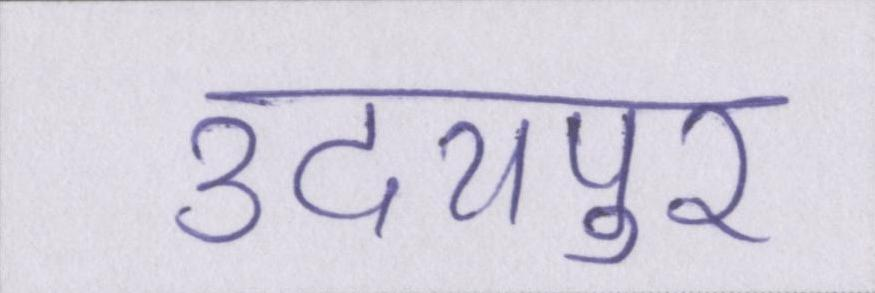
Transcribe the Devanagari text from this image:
उदयपुर